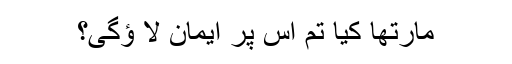
مارتھا کیا تم اس پر ایمان لا ؤگی؟